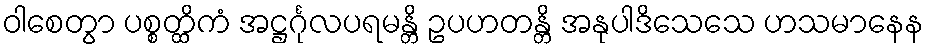
ဝါစေတွာ ပစ္စတ္ထိကံ အဋ္ဌင်္ဂုလပရမန္တိ ဥပဟတန္တိ အနုပါဒိသေသေ ဟသမာနေန